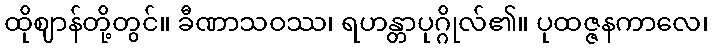
ထိုဈာန်တို့တွင်။ ခီဏာသဝဿ၊ ရဟန္တာပုဂ္ဂိုလ်၏။ ပုထဇ္ဇနကာလေ၊